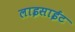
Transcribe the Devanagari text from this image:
लाइसाईट